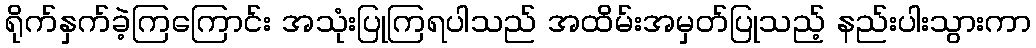
ရိုက်နှက်ခဲ့ကြကြောင်း အသုံးပြုကြရပါသည် အထိမ်းအမှတ်ပြုသည့် နည်းပါးသွားကာ